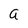
Character: a